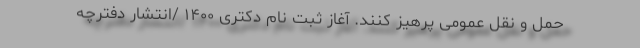
حمل و نقل عمومی پرهیز کنند. آغاز ثبت نام دکتری ۱۴۰۰ /انتشار دفترچه